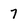
Character: 7